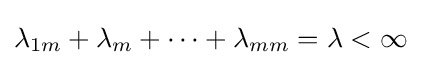
\lambda _{1m}+\lambda _{m}+\cdots +\lambda _{mm}=\lambda <\infty